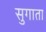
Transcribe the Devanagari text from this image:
सुगाता